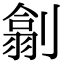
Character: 𠟊